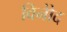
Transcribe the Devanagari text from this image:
विनोेद